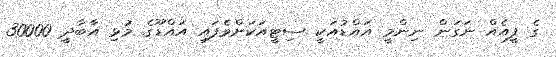
ގެ ފީއެއް ނަގަން ނިންމީ އައްޑުއަކީ ސިޓީއަކަށްވެފައި އައްޑޫގެ މުޅި އާބާދީ 30000